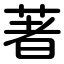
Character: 著